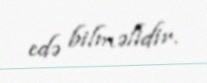
edə bilməlidir.